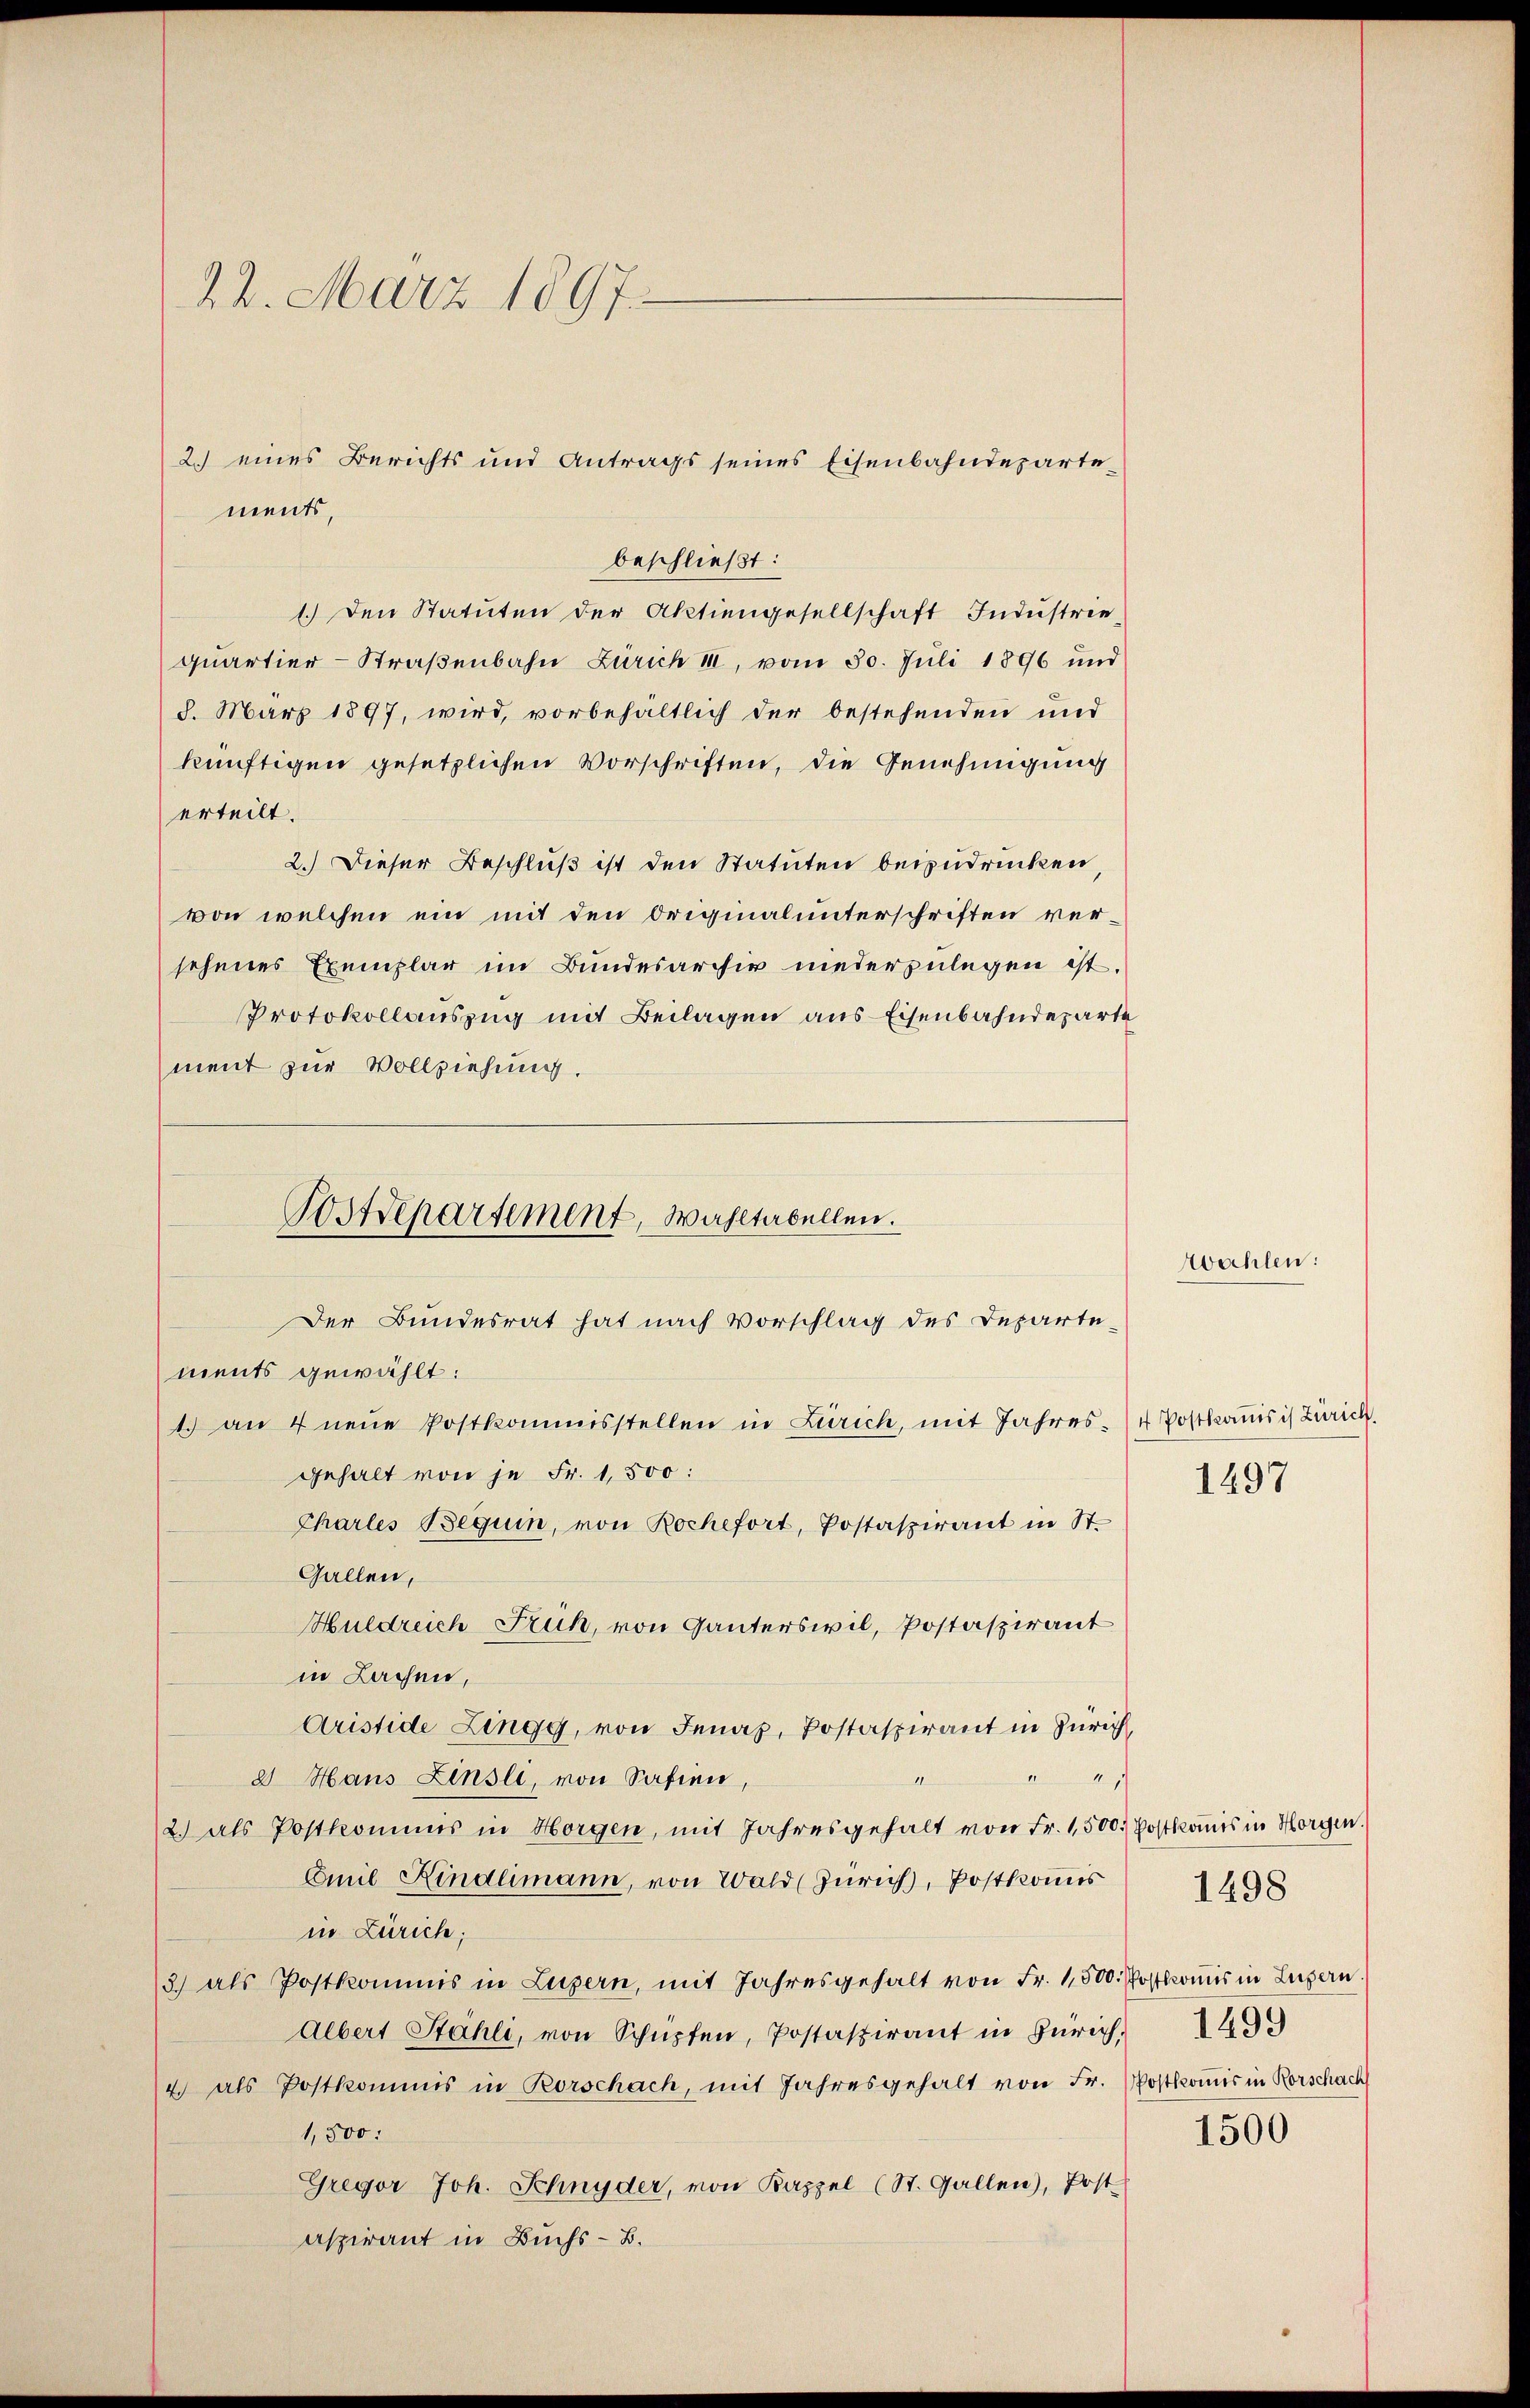
22. März 1897.

beschließt:
1.) Den Statuten der Aktiengesellschaft Industrie,
quartier-Straßenbahn Zürich III, vom 30. Juli 1896 und
8. März 1897, wird, vorbehältlich der bestehenden und
künftigen gesetzlichen Vorschriften, die Genehmigung
erteilt.
2.) Dieser Beschluß ist den Statuten beizudrücken,
von welchen ein mit den Originalunterschriften versehenes Exemplar im Bundesarchiv niederzulegen ist.
Protokollauszug mit Beilagen aus Eisenbahndeparte
ment zur Vollziehung.

2.) eines Berichts und Antrags seines Eisenbahndeparte
ments,

PosRepartement, Wahltabellen.

Der Bundesrat hat nach Vorschlag des Departe-
ments gewählt:
1. an 4 neue Postkommisstellen in Zürich, mit Jahres- (+ Postkanis is Zürich.
gehalt von je Fr. 1,500:
Charles Beguin, von Rochefort, Postaspirant in St.
Gallen,
Huldreich Früh, von Ganterswil, Postaspirant
in Lachen,
Aristide Zingg, von Jenaz, Postaspirant in Zürich,
8 Hans Zinsli, von Safien,
21
2.) als Postkommis in Horgen, mit Jahresgehalt von Fr. 1500. Postkanis in Horgen.
Emil Kindlimann, von Wald (Zürich, Postkomis
in Zürich;
3) als Postkommis in Luzern, mit Jahresgehalt von Fr. 1,500. Postkommis in Luzern
Albert Stähli, von Schüpfen, Postaspirant in Zürich,
2 als Postkommis in Rorschach, mit Jahresgehalt von Fr. Postkommis in Rorschach
1,500.
Gregor Joh. Schnyder, von Kappel (St. Gallen), Post
aspirant in Buchs-B.

wahlen:

1497

1499

1498

1500